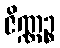
ဇိဏ္ဏဉ္စ